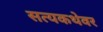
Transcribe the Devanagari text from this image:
सत्यकथेवर